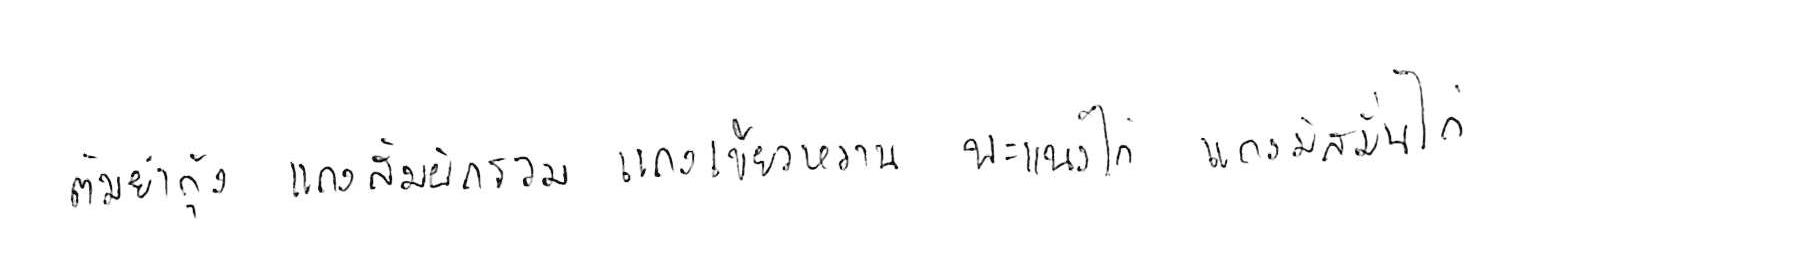
ต้มยำกุ้ง แกงส้มผักรวม แกงเขียวหวาน พะแนงไก่ แกงมัสมั่นไก่